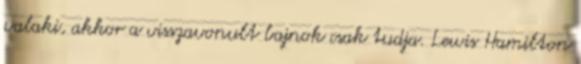
valaki, akkor a visszavonult bajnok csak tudja. Lewis Hamilton